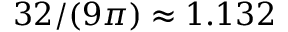
3 2 / ( 9 \pi ) \approx 1 . 1 3 2